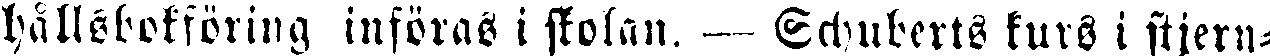
hållsbokföring införas i skolan. — Echuberts kurs i stjern-